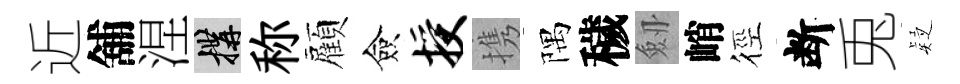
近舖涅構称顧僉授携隅穢劔峭徑断兎疑